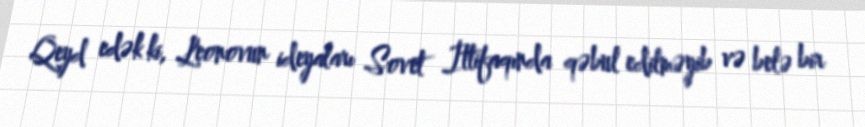
Qeyd edək ki, Leonovun ideyaları Sovet İttifaqında qəbul edilməyib və belə bir